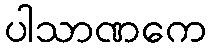
ပါသာဏကေ